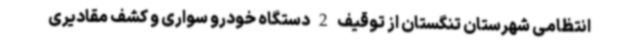
انتظامی شهرستان تنگستان از توقیف 2 دستگاه خودرو سواری و کشف مقادیری